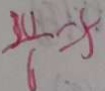
\frac { 3 0 } { 6 } = 5